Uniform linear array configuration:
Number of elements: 4
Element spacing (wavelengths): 0.75
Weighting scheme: binomial
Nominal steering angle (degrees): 60
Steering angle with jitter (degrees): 60.027
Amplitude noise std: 0.05
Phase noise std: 0.05

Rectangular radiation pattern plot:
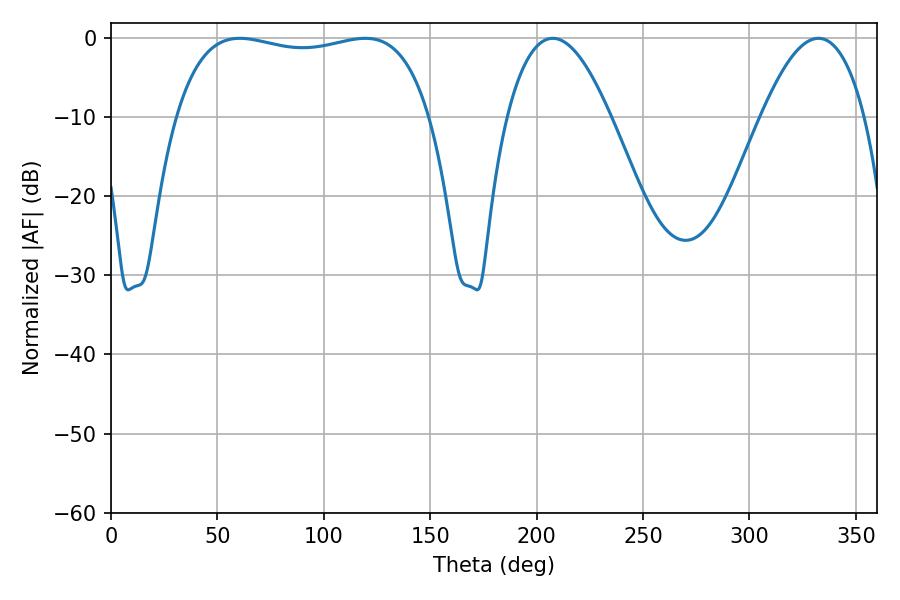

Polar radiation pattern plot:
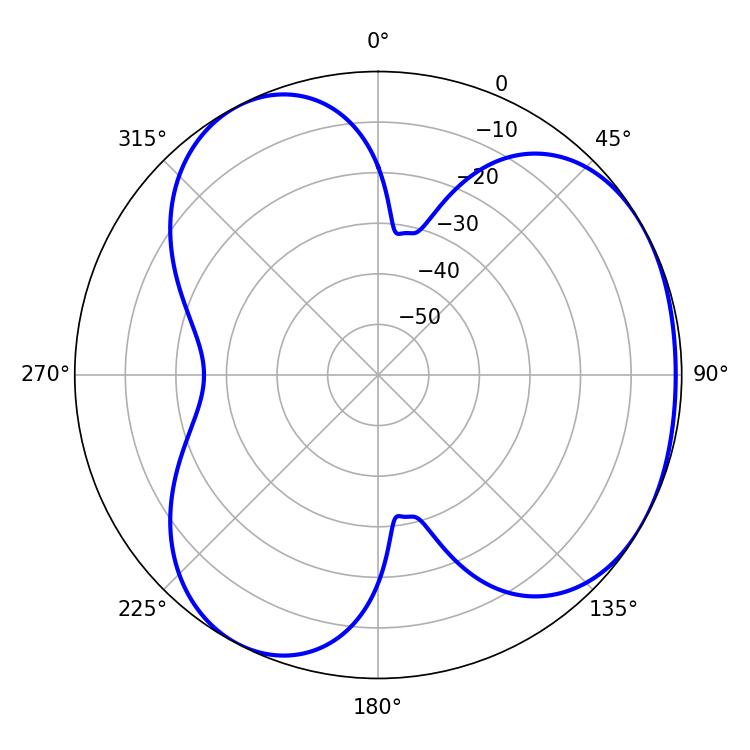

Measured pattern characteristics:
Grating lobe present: TRUE
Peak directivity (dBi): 3.645
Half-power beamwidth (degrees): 96.48
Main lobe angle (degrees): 60.48